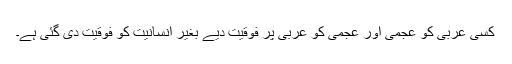
کسی عربی کو عجمی اور عجمی کو عربی پر فوقیت دیے بغير انسانیت کو فوقیت دی گئی ہے۔